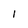
Character: 1